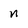
Character: n